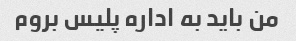
من باید به اداره پلیس بروم